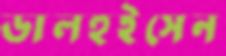
ডালহুইসেন